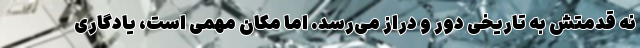
نه قدمتش به تاریخی دور و دراز می‌رسد. اما مکان مهمی است، یادگاری